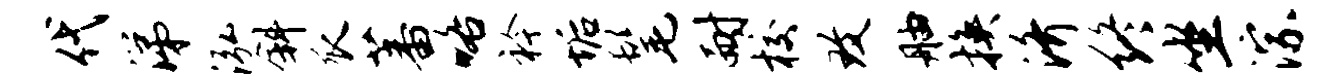
代涕泓斜瓜蕃咯衿垢髦耐校致舳换济终坐淙